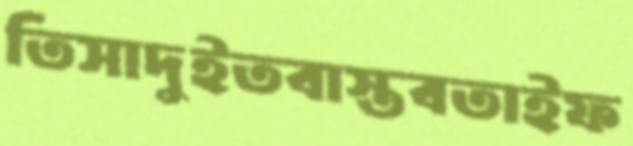
তিসাদুইতবাস্তবতাইফ